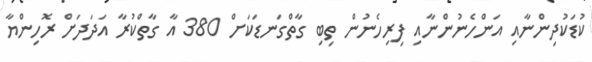
ކުޑަކުދިންނާއި އަންހެނުންނާއި ފިރިހެނުން ތިބި ގާތްގަނޑަކަށް 380 އާ ގާތްކުރާ އަދަދަށް ރޮހިންޔާ